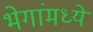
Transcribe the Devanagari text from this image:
भेगांमध्ये